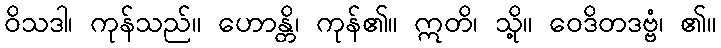
ဝိသဒါ၊ ကုန်သည်။ ဟောန္တိ၊ ကုန်၏။ ဣတိ၊ သို့။ ဝေဒိတဒဗ္ဗံ၊ ၏။